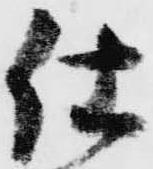
仕